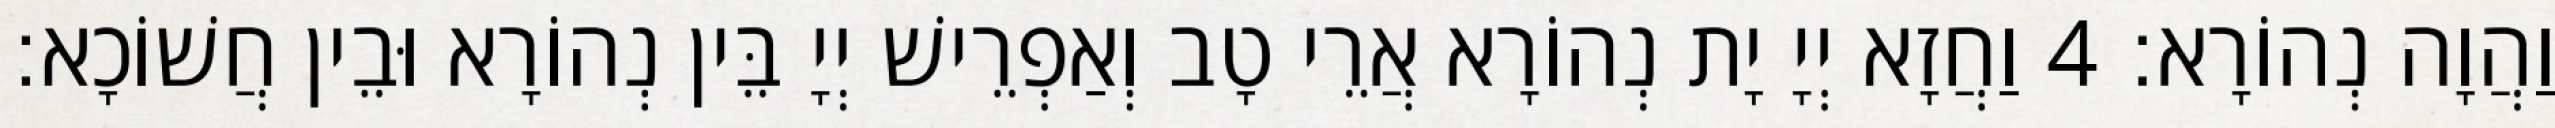
וַהֲוָה נְהוֹרָא׃ 4 וַחֲזָא יְיָ יָת נְהוֹרָא אֲרֵי טָב וְאַפְרֵישׁ יְיָ בֵּין נְהוֹרָא וּבֵין חֲשׁוֹכָא׃